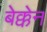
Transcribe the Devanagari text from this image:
बेक्केन